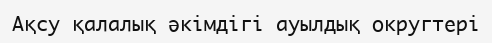
Ақсу қалалық әкімдігі ауылдық округтері